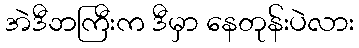
အဲဒီဘကြီးက ဒီမှာ နေတုန်းပဲလား